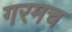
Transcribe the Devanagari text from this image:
गरमच